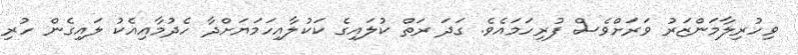
ވިހުރިލާމަންޒަރު ވަރަށްވެސް ފުރިހަމައެވެ. ގަދަ ރަތް ކުލައިގެ ކަކުލާއިހަމަޔަށްދާ ހެދުމާއިއެކު ލައިގެން ހުރި